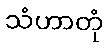
သံဟာတုံ